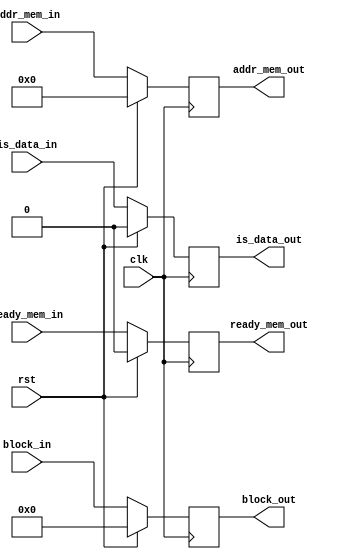
`timescale 1ns / 1ps
//////////////////////////////////////////////////////////////////////////////////
// Company: 
// Engineer: 
// 
// Design Name: 
// Module Name: Register_Pipe_Mem
// Project Name: 
// Target Devices: 
// Tool Versions: 
// Description: 
// 
// Dependencies: 
// 
// Revision:
// Revision 0.01 - File Created
// Additional Comments:
// 
//////////////////////////////////////////////////////////////////////////////////


module Register_Res_Mem_Data(
        clk,
        rst,
        is_data_in,
        ready_mem_in,
        addr_mem_in,
        block_in,
        ready_mem_out,
        addr_mem_out,
        block_out,
        is_data_out
    );
    
    parameter BITS_ADDR = 32;
    parameter BITS_DATA = 32;
    parameter BITS_ADDRESS_MEM = 27;
    parameter BITS_BLOCK = 128;
    
    input [BITS_ADDRESS_MEM-1:0] addr_mem_in;
    input [BITS_BLOCK-1:0] block_in;
    input clk, rst, ready_mem_in, is_data_in;
    
    output reg [BITS_ADDRESS_MEM-1:0] addr_mem_out;
    output reg [BITS_BLOCK-1:0] block_out;
    output reg ready_mem_out, is_data_out;    
    
    
    always @(posedge clk) begin
        if (~rst) begin
            addr_mem_out <= addr_mem_in;
            block_out <= block_in;
            ready_mem_out <= ready_mem_in;
            is_data_out <= is_data_in;
        end else begin
            addr_mem_out <= 0;
            block_out <= 0;
            ready_mem_out <= 0;
            is_data_out <= 0;
        end
    end

endmodule